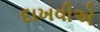
દાખવીએ